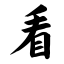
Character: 看